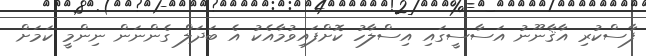
ފާސްކުރި އާޤާނޫނު އަސާސީގައި އިސްލާހު ކޮށްފައިވުމާއެކު އެ ބަދަލް ގެންނަން ނިންމީ ކަމަށް